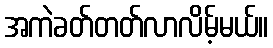
အကဲခတ်တတ်လာလိမ့်မယ်။